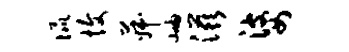
侃愎菽岫滋婆